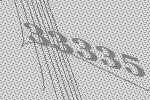
33335